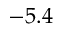
- 5 . 4